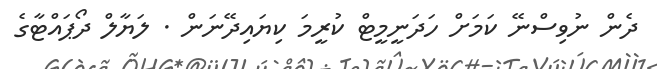
ދެން ނުވިސްނޭ ކަމަށް ހަދަނީމީޓް ކުރީމަ ކިޔައިދޭނަން . ލަޔާލް ދޯޕައްޓާގެ